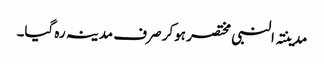
مدینتہ النبی مختصر ہوکر صرف مدینہ رہ گیا۔